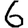
Digit: 6